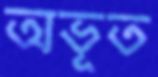
অভূত